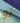
أو